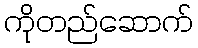
ကိုတည်ဆောက်